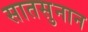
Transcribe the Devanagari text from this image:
सातसुनान